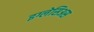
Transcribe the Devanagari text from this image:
इग्लेसिअस